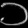
Digit: ၁